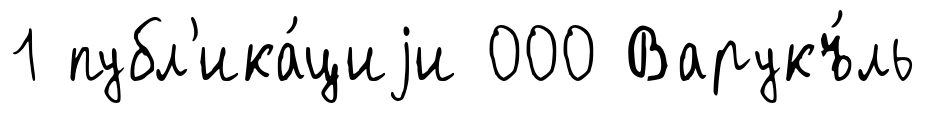
1 публ'ика́циjи 000 Варукъ́ль